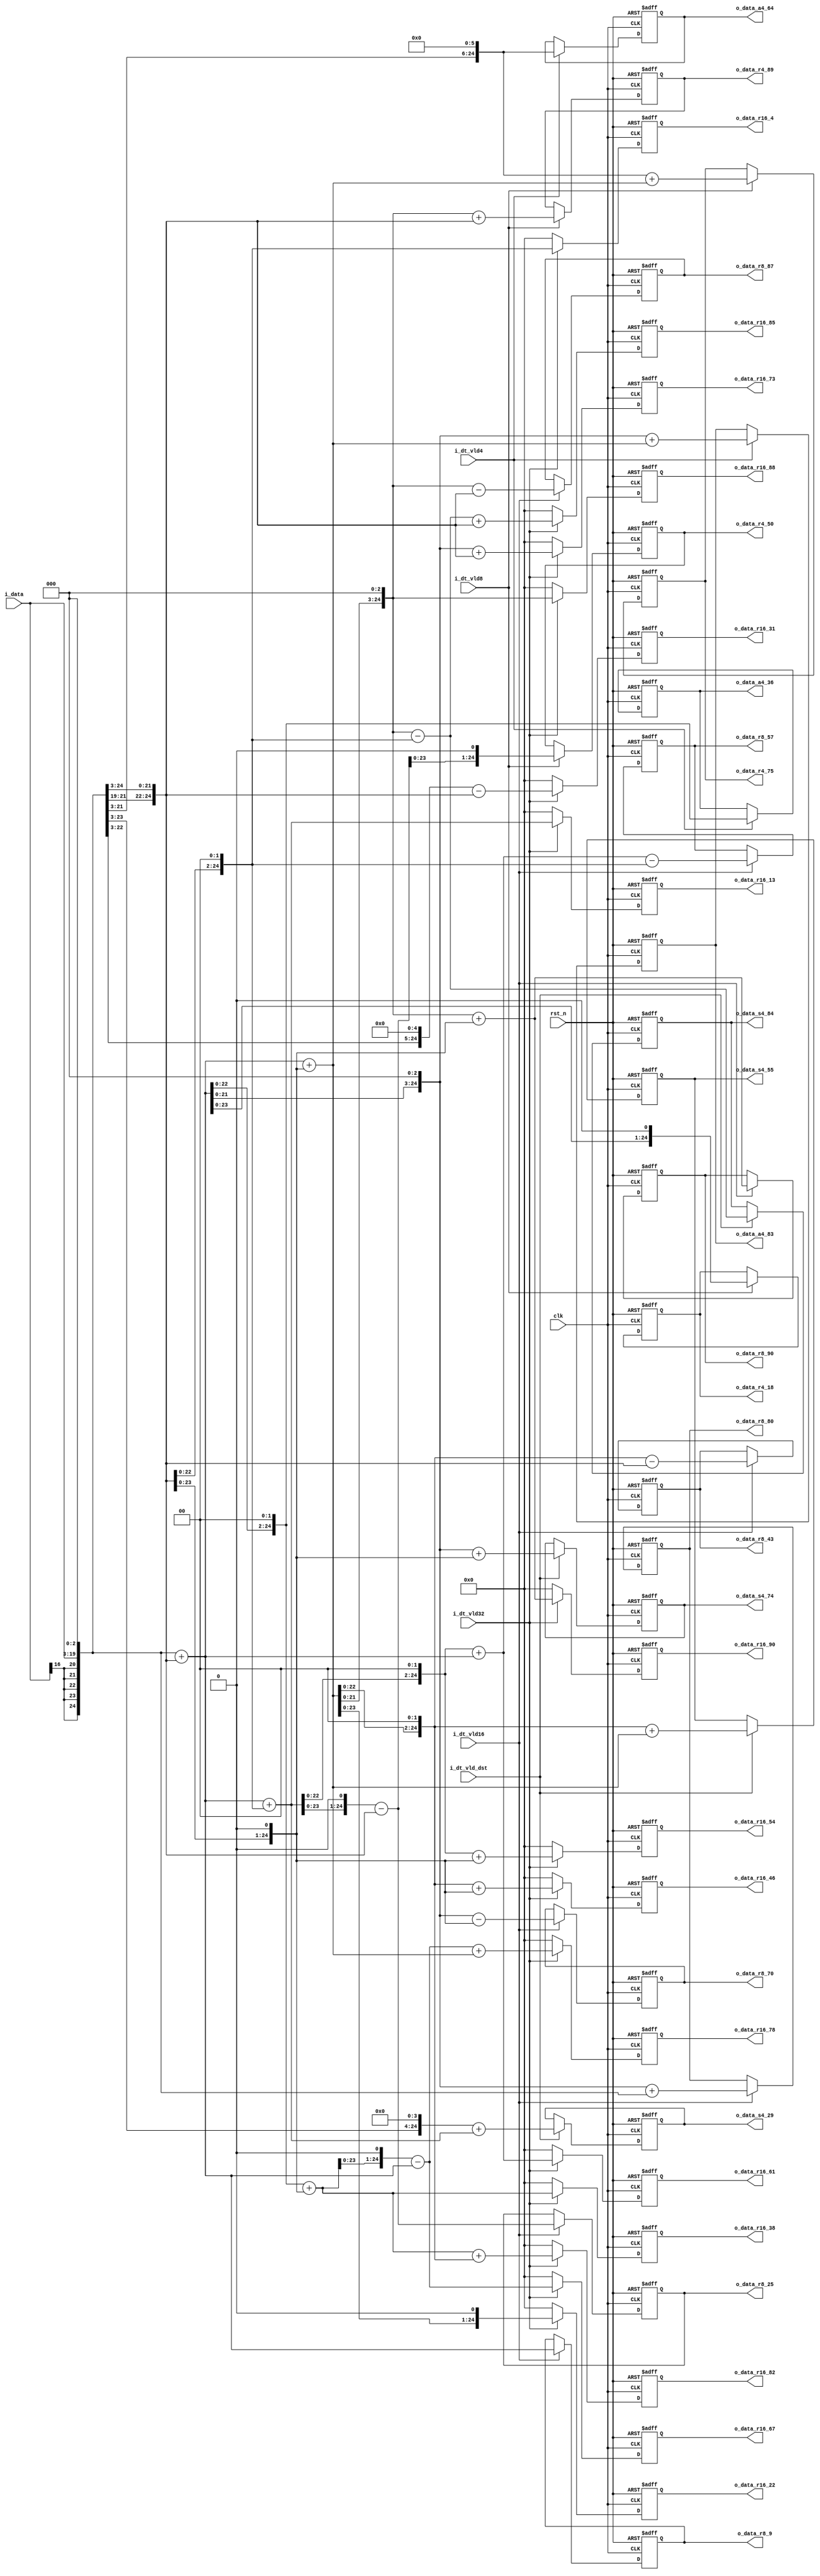
//company       : xm tech
//project name  : H265
//top module    : dct_top_2d.v
//data          : 2018.01.08
//delay         : 1 clk 
//describe      :
//modification  :
//v1.0          :

module re_level0_cal(
	clk            ,
	rst_n          ,
	i_dt_vld32     ,//data valid
        i_dt_vld16     ,
        i_dt_vld8      ,
	i_dt_vld4      ,
        i_dt_vld_dst   , 
	i_data	       ,
//--------r16--------//
        o_data_r16_4   ,   
        o_data_r16_13  ,
        o_data_r16_22  ,
        o_data_r16_31  ,
        o_data_r16_38  ,
        o_data_r16_46  ,
        o_data_r16_54  ,
        o_data_r16_61  ,
        o_data_r16_67  ,
        o_data_r16_73  ,
        o_data_r16_78  ,
        o_data_r16_82  ,
        o_data_r16_85  ,
        o_data_r16_88  ,
        o_data_r16_90  ,
//-------------r8---------//
	o_data_r8_9    ,    
        o_data_r8_25   ,
        o_data_r8_43   ,
        o_data_r8_57   ,
        o_data_r8_70   ,
        o_data_r8_80   ,
        o_data_r8_87   ,
        o_data_r8_90   ,
//-------------r4----------//
	o_data_r4_89   ,  
        o_data_r4_75   ,
        o_data_r4_50   ,
        o_data_r4_18   ,
//-------------a4----------//
	o_data_a4_64   ,  
        o_data_a4_36   ,
        o_data_a4_83   ,
//-----------dst4x4--------//
	o_data_s4_29   ,   
        o_data_s4_55   ,
        o_data_s4_74   ,
        o_data_s4_84   
);

input   	clk            ;
input   	rst_n          ;
input [16:0]	i_data	       ;
input  	        i_dt_vld32     ;
input           i_dt_vld16     ;
input           i_dt_vld8      ;
input           i_dt_vld4      ;
input           i_dt_vld_dst   ;

//----------------dct16x16---------------//
output  [24:0]     o_data_r16_4     ;     
output  [24:0]     o_data_r16_13    ;
output  [24:0]     o_data_r16_22    ;
output  [24:0]     o_data_r16_31    ;
output  [24:0]     o_data_r16_38    ;
output  [24:0]     o_data_r16_46    ;
output  [24:0]     o_data_r16_54    ;
output  [24:0]     o_data_r16_61    ;
output  [24:0]     o_data_r16_67    ;
output  [24:0]     o_data_r16_73    ;
output  [24:0]     o_data_r16_78    ;
output  [24:0]     o_data_r16_82    ;
output  [24:0]     o_data_r16_85    ;
output  [24:0]     o_data_r16_88    ;
output  [24:0]     o_data_r16_90    ;
//-------------------dct8x8--------------//
output  [24:0]     o_data_r8_9      ;      
output  [24:0]     o_data_r8_25     ;
output  [24:0]     o_data_r8_43     ;
output  [24:0]     o_data_r8_57     ;
output  [24:0]     o_data_r8_70     ;
output  [24:0]     o_data_r8_80     ;
output  [24:0]     o_data_r8_87     ;
output  [24:0]     o_data_r8_90     ;
//-------------------dct4x4---------------//
output  [24:0]     o_data_r4_89     ;
output  [24:0]     o_data_r4_75     ; 
output  [24:0]     o_data_r4_50     ; 
output  [24:0]     o_data_r4_18     ; 
//-------------a4----------//
output  [24:0]     o_data_a4_64   ;  
output  [24:0]     o_data_a4_36   ;
output  [24:0]     o_data_a4_83   ;
//------------------dst4x4------------------//
output  [24:0]     o_data_s4_29     ;
output  [24:0]     o_data_s4_55     ; 
output  [24:0]     o_data_s4_74     ; 
output  [24:0]     o_data_s4_84     ;
//------------------------------------------------//
wire [24:0]     data           ;
wire [24:0]     data_2         ;
wire [24:0]     data_4         ;
wire [24:0]     data_8         ;
wire [24:0]     data_16        ;
wire [24:0]     data_32        ;
wire [24:0]     data_64        ;
//wire [24:0]     data_3         ;
//wire [24:0]     data_5         ;
//wire [24:0]     data_7         ;
wire [24:0]     data_9         ;
wire [24:0]     data_13        ;
//wire [24:0]     data_6         ;
//wire [24:0]     data_14        ;
wire [24:0]     data_11        ;
//wire [24:0]     data_48        ;
//wire [24:0]     data_80        ;
//wire [24:0]     data_10        ;
//----------------dct16x16---------------//
wire [24:0]     data_r16_4     ;     
wire [24:0]     data_r16_13    ;
wire [24:0]     data_r16_22    ;
wire [24:0]     data_r16_31    ;
wire [24:0]     data_r16_38    ;
wire [24:0]     data_r16_46    ;
wire [24:0]     data_r16_54    ;
wire [24:0]     data_r16_61    ;
wire [24:0]     data_r16_67    ;
wire [24:0]     data_r16_73    ;
wire [24:0]     data_r16_78    ;
wire [24:0]     data_r16_82    ;
wire [24:0]     data_r16_85    ;
wire [24:0]     data_r16_88    ;
wire [24:0]     data_r16_90    ;
//-------------------dct8x8--------------//
wire [24:0]     data_r8_9      ;      
wire [24:0]     data_r8_25     ;
wire [24:0]     data_r8_43     ;
wire [24:0]     data_r8_57     ;
wire [24:0]     data_r8_70     ;
wire [24:0]     data_r8_80     ;
wire [24:0]     data_r8_87     ;
wire [24:0]     data_r8_90     ;
//-------------------dct4x4---------------//
wire [24:0]     data_r4_89     ;
wire [24:0]     data_r4_75     ; 
wire [24:0]     data_r4_50     ; 
wire [24:0]     data_r4_18     ; 
//-------------------a4---------------//
wire [24:0]     data_a4_64     ;
wire [24:0]     data_a4_36     ; 
wire [24:0]     data_a4_83     ; 
//------------------dst4x4------------------//
wire [24:0]     data_s4_29     ;
wire [24:0]     data_s4_55     ; 
wire [24:0]     data_s4_74     ; 
wire [24:0]     data_s4_84     ;

//----------------r16---------------//
reg  [24:0]     o_data_r16_4     ;     
reg  [24:0]     o_data_r16_13    ;
reg  [24:0]     o_data_r16_22    ;
reg  [24:0]     o_data_r16_31    ;
reg  [24:0]     o_data_r16_38    ;
reg  [24:0]     o_data_r16_46    ;
reg  [24:0]     o_data_r16_54    ;
reg  [24:0]     o_data_r16_61    ;
reg  [24:0]     o_data_r16_67    ;
reg  [24:0]     o_data_r16_73    ;
reg  [24:0]     o_data_r16_78    ;
reg  [24:0]     o_data_r16_82    ;
reg  [24:0]     o_data_r16_85    ;
reg  [24:0]     o_data_r16_88    ;
reg  [24:0]     o_data_r16_90    ;
//-------------------r8--------------//
reg  [24:0]     o_data_r8_9      ;      
reg  [24:0]     o_data_r8_25     ;
reg  [24:0]     o_data_r8_43     ;
reg  [24:0]     o_data_r8_57     ;
reg  [24:0]     o_data_r8_70     ;
reg  [24:0]     o_data_r8_80     ;
reg  [24:0]     o_data_r8_87     ;
reg  [24:0]     o_data_r8_90     ;
//-------------------r4---------------//
reg  [24:0]     o_data_r4_89     ;
reg  [24:0]     o_data_r4_75     ; 
reg  [24:0]     o_data_r4_50     ; 
reg  [24:0]     o_data_r4_18     ; 
//-------------------a4---------------//
reg  [24:0]     o_data_r4_64     ;
reg  [24:0]     o_data_r4_83     ; 
reg  [24:0]     o_data_r4_36     ; 
//-------------a4----------//
reg  [24:0]     o_data_a4_64   ;  
reg  [24:0]     o_data_a4_36   ;
reg  [24:0]     o_data_a4_83   ;
//------------------dst4x4------------------//
reg  [24:0]     o_data_s4_29     ;
reg  [24:0]     o_data_s4_55     ; 
reg  [24:0]     o_data_s4_74     ; 
reg  [24:0]     o_data_s4_84     ;
/*
//----------------------------------------------------//
assign data    = {{8{i_data[16]}},i_data};
assign data_2  = {{7{i_data[16]}},i_data,1'b0};
assign data_4  = {{6{i_data[16]}},i_data,2'd0};
assign data_8  = {{5{i_data[16]}},i_data,3'd0};
assign data_16 = {{4{i_data[16]}},i_data,4'd0};
assign data_32 = {{3{i_data[16]}},i_data,5'd0};
assign data_64 = {{2{i_data[16]}},i_data,6'd0};

assign data_3  = data + data_2;
assign data_5  = data + data_4;  
assign data_7  = data_8 - data;
assign data_9  = data_8 + data;
assign data_13 = data_8 + data_5;
assign data_6  = {data_3[23:0],1'b0};
assign data_14 = {data_7[23:0],1'b0};
assign data_11 = data_16 - data_5;
assign data_48 = {data_6[21:0],3'd0};
assign data_80 = {data_10[21:0],3'd0};
assign data_10 = {data_5[23:0],1'b0};

//-----------------r16-------------------//
assign data_r16_4  = data_4;
assign data_r16_13 = data_13;  
assign data_r16_22 = {data_11[23:0],1'b0};
assign data_r16_31 = data_32 - data;
assign data_r16_38 = data_r16_22 + data_16;//data_32 + data_6;
assign data_r16_46 = data_32 + data_14;
assign data_r16_54 = data_32 + {data_11[23:0],1'b0}; 
assign data_r16_61 = data_64 - data_3;     //data_48 + data_13;
assign data_r16_67 = data_64 + data_3;
assign data_r16_73 = data_64 + data_9;
assign data_r16_78 = data_64 + data_14;
assign data_r16_82 = data_80 + data_2;
assign data_r16_85 = data_80 + data_5;
assign data_r16_88 = {data_11[21:0],3'd0};
assign data_r16_90 = data_80 + data_10; 
//-----------------r8-------------------//
assign data_r8_9  = data_9;
assign data_r8_25 = data_16 + data_9;
assign data_r8_43 = data_32 + data_11;
assign data_r8_57 = data_64 - data_7;//data_48 + data_9;
assign data_r8_70 = data_80 - data_10;//data_64 + data_6;
assign data_r8_80 = data_80;
assign data_r8_87 = data_80 + data_7;
assign data_r8_90 = data_r16_90;
//-----------------r4-------------------//
assign data_r4_89 = data_80 + data_9;
assign data_r4_75 = data_64 + data_11;
assign data_r4_50 = {data_r8_25[23:0],1'b0};
assign data_r4_18 = {data_9[23:0],1'b0};

//------------------a4--------------------//
assign data_a4_64 = data_64;
assign data_a4_83 = data_80 + data_3;
assign data_a4_36 = {data_9[22:0],2'd0};

//-----------------dst--------------------//

assign data_s4_29 = data_16 + data_13;
assign data_s4_55 = data_48 + data_7;
assign data_s4_74 = data_64 + data_10;
assign data_s4_84 = data_80 + data_4;
*/
//----------------------------------------------------//
assign data    = {{8{i_data[16]}},i_data};
assign data_2  = {{7{i_data[16]}},i_data,1'b0};
assign data_4  = {{6{i_data[16]}},i_data,2'd0};
assign data_8  = {{5{i_data[16]}},i_data,3'd0};
assign data_16 = {{4{i_data[16]}},i_data,4'd0};
assign data_32 = {{3{i_data[16]}},i_data,5'd0};
assign data_64 = {{2{i_data[16]}},i_data,6'd0};

//assign data_3  = data + data_2;
//assign data_5  = data + data_4;  
//assign data_7  = data_8 - data;
assign data_9  = data_8 + data;
assign data_13 = data_9 + data_4;
//assign data_6  = {data_3[23:0],1'b0};
//assign data_14 = {data_7[23:0],1'b0};
assign data_11 = data_9 + data_2;
//assign data_48 = {data_6[21:0],3'd0};
//assign data_80 = {data_10[21:0],3'd0};
//assign data_10 = {data_5[23:0],1'b0};

//-----------------r16-------------------//
assign data_r16_4  = data_4;
assign data_r16_13 = data_13;  
assign data_r16_22 = {data_11[23:0],1'b0};
assign data_r16_31 = data_32 - data;
assign data_r16_38 = {data_9[22:0],2'd0} + data_2;//data_32 + data_6;
assign data_r16_46 = {data_11[22:0],2'd0} + data_2;
assign data_r16_54 = {data_13[22:0],2'd0} + data_2; 
assign data_r16_61 = {data_13[22:0],2'd0} + data_9;     //data_48 + data_13;
assign data_r16_67 = {data_r16_38[23:0],1'd0} - data_9; 
assign data_r16_73 = {data_9[21:0],3'd0} + data;
assign data_r16_78 = data_r16_67 + data_11;
assign data_r16_82 = data_r16_38 + {data_11[22:0],2'd0};
assign data_r16_85 = data_s4_84 + data;
assign data_r16_88 = {data_11[21:0],3'd0};
assign data_r16_90 = data_r16_88 + data_2; 
//-----------------r8-------------------//
assign data_r8_9  = data_9;
assign data_r8_25 = {data_13[23:0],1'b0} - data;
assign data_r8_43 = {data_11[22:0],2'b0} - data;
assign data_r8_57 = data_r16_61 - data_4;//data_48 + data_9;
assign data_r8_70 = {data_9[21:0],3'd0} - data_2;//data_64 + data_6;
assign data_r8_80 = {data_9[21:0],3'd0} + data_8;
assign data_r8_87 = {data_11[21:0],3'd0} - data;
assign data_r8_90 = {data_11[21:0],3'd0} + data_2;
//-----------------r4-------------------//
assign data_r4_89 = {data_11[21:0],3'd0} + data;
assign data_r4_75 = data_64 + data_11;
assign data_r4_50 = {data_r8_25[23:0],1'b0};
assign data_r4_18 = {data_9[23:0],1'b0};

//------------------a4--------------------//
assign data_a4_64 = data_64;
assign data_a4_83 = {data_9[21:0],3'd0} + data_11;
assign data_a4_36 = {data_9[22:0],2'd0};

//-----------------dst--------------------//

assign data_s4_29 = data_16 + data_13;
assign data_s4_55 = {data_11[22:0],2'd0} + data_11;
assign data_s4_74 = {data_9[21:0],3'd0} + data_2;
assign data_s4_84 = {data_11[21:0],3'd0} - data_4;
//-------------reg out---------------------//
always @(posedge clk or negedge rst_n)
begin
	if(!rst_n)
		o_data_r16_4 <= 25'd0;
	else if(i_dt_vld32)
		o_data_r16_4 <= data_r16_4;
	else
		o_data_r16_4 <= 25'd0;
end

always @(posedge clk or negedge rst_n)
begin
	if(!rst_n)
		o_data_r16_13 <= 25'd0;
	else if(i_dt_vld32)
		o_data_r16_13 <= data_r16_13;
	else
		o_data_r16_13 <= 25'd0;
end

always @(posedge clk or negedge rst_n)
begin
	if(!rst_n)
		o_data_r16_22 <= 25'd0;
	else if(i_dt_vld32)
		o_data_r16_22 <= data_r16_22;
	else
		o_data_r16_22 <= 25'd0;
end

always @(posedge clk or negedge rst_n)
begin
	if(!rst_n)
		o_data_r16_31 <= 25'd0;
	else if(i_dt_vld32)
		o_data_r16_31 <= data_r16_31;
	else
		o_data_r16_31 <= 25'd0;
end

always @(posedge clk or negedge rst_n)
begin
	if(!rst_n)
		o_data_r16_38 <= 25'd0;
	else if(i_dt_vld32)
		o_data_r16_38 <= data_r16_38;
	else
		o_data_r16_38 <= 25'd0;
end

always @(posedge clk or negedge rst_n)
begin
	if(!rst_n)
		o_data_r16_46 <= 25'd0;
	else if(i_dt_vld32)
		o_data_r16_46 <= data_r16_46;
	else
		o_data_r16_46 <= 25'd0;
end

always @(posedge clk or negedge rst_n)
begin
	if(!rst_n)
		o_data_r16_54 <= 25'd0;
	else if(i_dt_vld32)
		o_data_r16_54 <= data_r16_54;
	else
		o_data_r16_54 <= 25'd0;
end

always @(posedge clk or negedge rst_n)
begin
	if(!rst_n)
		o_data_r16_61 <= 25'd0;
	else if(i_dt_vld32)
		o_data_r16_61 <= data_r16_61;
	else
		o_data_r16_61 <= 25'd0;
end

always @(posedge clk or negedge rst_n)
begin
	if(!rst_n)
		o_data_r16_67 <= 25'd0;
	else if(i_dt_vld32)
		o_data_r16_67 <= data_r16_67;
	else
		o_data_r16_67 <= 25'd0;
end

always @(posedge clk or negedge rst_n)
begin
	if(!rst_n)
		o_data_r16_73 <= 25'd0;
	else if(i_dt_vld32)
		o_data_r16_73 <= data_r16_73;
	else
		o_data_r16_73 <= 25'd0;
end

always @(posedge clk or negedge rst_n)
begin
	if(!rst_n)
		o_data_r16_78 <= 25'd0;
	else if(i_dt_vld32)
		o_data_r16_78 <= data_r16_78;
	else
		o_data_r16_78 <= 25'd0;
end

always @(posedge clk or negedge rst_n)
begin
	if(!rst_n)
		o_data_r16_82 <= 25'd0;
	else if(i_dt_vld32)
		o_data_r16_82 <= data_r16_82;
	else
		o_data_r16_82 <= 25'd0;
end

always @(posedge clk or negedge rst_n)
begin
	if(!rst_n)
		o_data_r16_85 <= 25'd0;
	else if(i_dt_vld32)
		o_data_r16_85 <= data_r16_85;
	else
		o_data_r16_85 <= 25'd0;
end


always @(posedge clk or negedge rst_n)
begin
	if(!rst_n)
		o_data_r16_88 <= 25'd0;
	else if(i_dt_vld32)
		o_data_r16_88 <= data_r16_88;
	else
		o_data_r16_88 <= 25'd0;
end

always @(posedge clk or negedge rst_n)
begin
	if(!rst_n)
		o_data_r16_90 <= 25'd0;
	else if(i_dt_vld32)
		o_data_r16_90 <= data_r16_90;
	else
		o_data_r16_90 <= 25'd0;
end
//---------------------------r8--------------------//
always @(posedge clk or negedge rst_n)
begin
	if(!rst_n)
		o_data_r8_9 <= 25'd0;
	else if(i_dt_vld16)
		o_data_r8_9 <= data_r8_9;
end

always @(posedge clk or negedge rst_n)
begin
	if(!rst_n)
		o_data_r8_25 <= 25'd0;
	else if(i_dt_vld16)
		o_data_r8_25 <= data_r8_25;
end

always @(posedge clk or negedge rst_n)
begin
	if(!rst_n)
		o_data_r8_43 <= 25'd0;
	else if(i_dt_vld16)
		o_data_r8_43 <= data_r8_43;
end

always @(posedge clk or negedge rst_n)
begin
	if(!rst_n)
		o_data_r8_57 <= 25'd0;
	else if(i_dt_vld16)
		o_data_r8_57 <= data_r8_57;
end

always @(posedge clk or negedge rst_n)
begin
	if(!rst_n)
		o_data_r8_70 <= 25'd0;
	else if(i_dt_vld16)
		o_data_r8_70 <= data_r8_70;
end

always @(posedge clk or negedge rst_n)
begin
	if(!rst_n)
		o_data_r8_80 <= 25'd0;
	else if(i_dt_vld16)
		o_data_r8_80 <= data_r8_80;
end

always @(posedge clk or negedge rst_n)
begin
	if(!rst_n)
		o_data_r8_87 <= 25'd0;
	else if(i_dt_vld16)
		o_data_r8_87 <= data_r8_87;
end

always @(posedge clk or negedge rst_n)
begin
	if(!rst_n)
		o_data_r8_90 <= 25'd0;
	else if(i_dt_vld16)
		o_data_r8_90 <= data_r8_90;
end
//------------------------------------r4-------------------//

always @(posedge clk or negedge rst_n)
begin
	if(!rst_n)
		o_data_r4_89 <= 25'd0;
	else if(i_dt_vld8)
		o_data_r4_89 <= data_r4_89;
end

always @(posedge clk or negedge rst_n)
begin
	if(!rst_n)
		o_data_r4_75 <= 25'd0;
	else if(i_dt_vld8)
		o_data_r4_75 <= data_r4_75;
end

always @(posedge clk or negedge rst_n)
begin
	if(!rst_n)
		o_data_r4_50 <= 25'd0;
	else if(i_dt_vld8)
		o_data_r4_50 <= data_r4_50;
end

always @(posedge clk or negedge rst_n)
begin
	if(!rst_n)
		o_data_r4_18 <= 25'd0;
	else if(i_dt_vld8)
		o_data_r4_18 <= data_r4_18;
end
//---------------------------------------a4---------------------------//
always @(posedge clk or negedge rst_n)
begin
	if(!rst_n)
		o_data_a4_64 <= 25'd0;
	else if(i_dt_vld4)
		o_data_a4_64 <= data_a4_64;
end 

always @(posedge clk or negedge rst_n)
begin
	if(!rst_n)
		o_data_a4_83 <= 25'd0;
	else if(i_dt_vld4)
		o_data_a4_83 <= data_a4_83;
end 

always @(posedge clk or negedge rst_n)
begin
	if(!rst_n)
		o_data_a4_36 <= 25'd0;
	else if(i_dt_vld4)
		o_data_a4_36 <= data_a4_36;
end 

//---------------------------------------dst-----------------//

always @(posedge clk or negedge rst_n)
begin
	if(!rst_n)
		o_data_s4_29 <= 25'd0;
	else if(i_dt_vld_dst)
		o_data_s4_29 <= data_s4_29;
end

always @(posedge clk or negedge rst_n)
begin
	if(!rst_n)
		o_data_s4_55 <= 25'd0;
	else if(i_dt_vld_dst)
		o_data_s4_55 <= data_s4_55;
end

always @(posedge clk or negedge rst_n)
begin
	if(!rst_n)
		o_data_s4_74 <= 25'd0;
	else if(i_dt_vld_dst)
		o_data_s4_74 <= data_s4_74;
end

always @(posedge clk or negedge rst_n)
begin
	if(!rst_n)
		o_data_s4_84 <= 25'd0;
	else if(i_dt_vld_dst)
		o_data_s4_84 <= data_s4_84;
end



endmodule